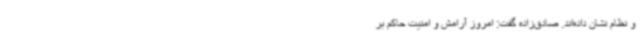
و نظام نشان داده‌اند. صادق‌زاده گفت: امروز آرامش و امنیت حاکم بر